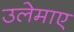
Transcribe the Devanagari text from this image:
उलेमाए